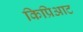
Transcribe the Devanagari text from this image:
किप्रिआट